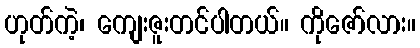
ဟုတ်ကဲ့၊ ကျေးဇူးတင်ပါတယ်။ ကိုဇော်လား။